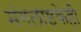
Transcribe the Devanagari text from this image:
मंगलाष्टकेही